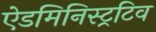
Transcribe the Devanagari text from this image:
ऐडमिनिस्ट्रटिव